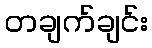
တချက်ချင်း